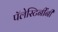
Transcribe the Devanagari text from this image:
पॅलेस्टिनींनी